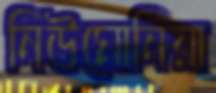
নিউমোনিয়া